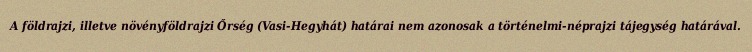
A földrajzi, illetve növényföldrajzi Őrség (Vasi-Hegyhát) határai nem azonosak a történelmi-néprajzi tájegység határával.